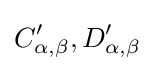
C'_{\alpha ,\beta },D'_{\alpha ,\beta }